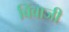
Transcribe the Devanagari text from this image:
बिंबाजी